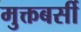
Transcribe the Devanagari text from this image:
मुक्तबर्सी